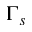
\Gamma _ { s }